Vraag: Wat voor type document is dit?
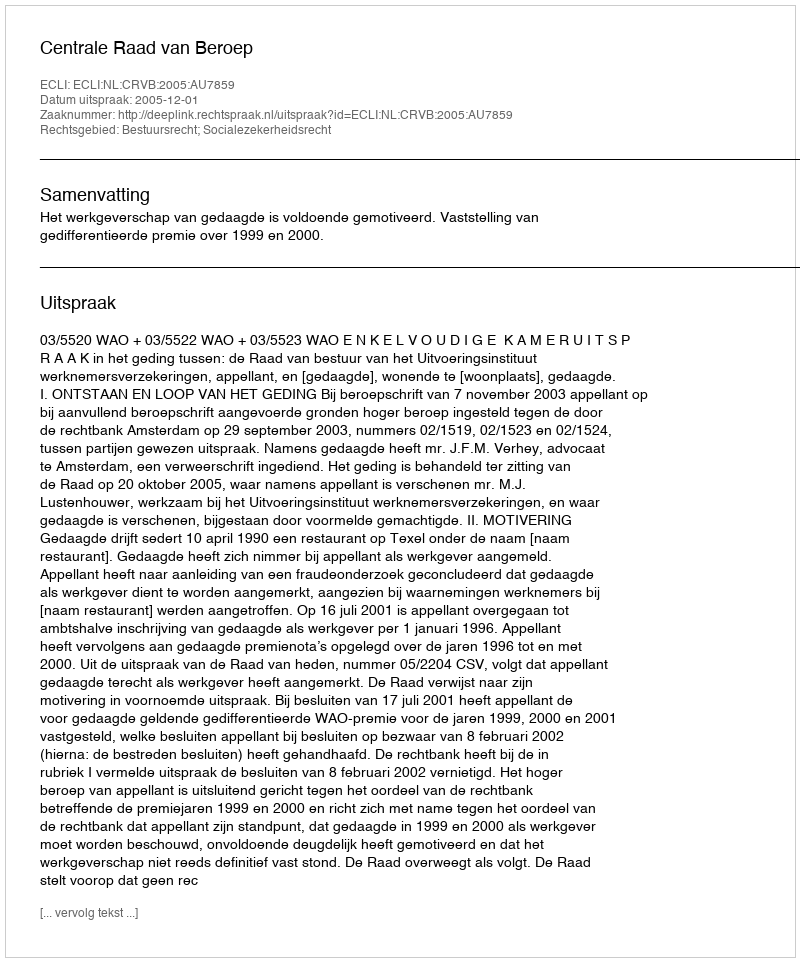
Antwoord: Uitspraak